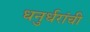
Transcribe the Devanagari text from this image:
धनुर्धरांची